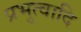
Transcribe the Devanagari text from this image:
प्रभुत्वादि